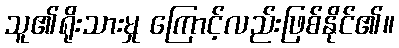
သူ၏ရိုးသားမှု ကြောင့်လည်းဖြစ်နိုင်၏။